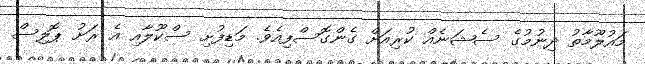
މައުލޫމާތު ދިނުމުގެ ސެޝަނެއް ކުރިއަށް ގެންގޮސްފިއެވެ. މަޑިފުށި ސްކޫލާއި އެ ރަށު ޕޮލިސް